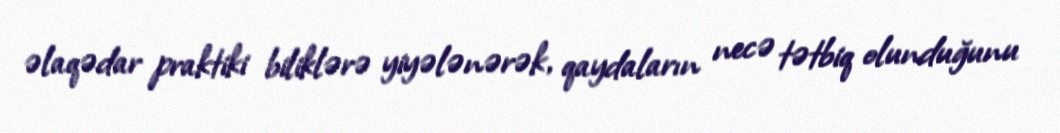
əlaqədar praktiki biliklərə yiyələnərək, qaydaların necə tətbiq olunduğunu